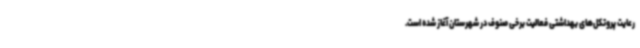
رعایت پروتکل‌های بهداشتی فعالیت برخی صنوف در شهرستان آغاز شده است.